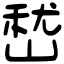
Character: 嵆